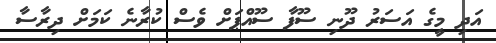
އަދި މީގެ އަސަރު ދޫނި ސޫފާ ސޫއްޕަށް ވެސް ކުރާނެ ކަމަށް ދިރާސާ